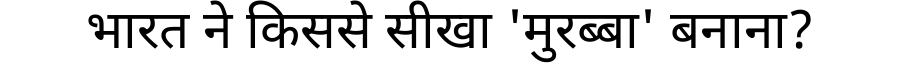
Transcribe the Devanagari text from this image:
भारत ने किससे सीखा 'मुरब्बा' बनाना?